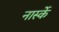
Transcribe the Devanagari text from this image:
नार्स्के